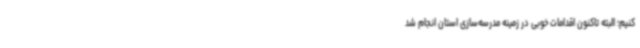
کنیم؛ البته تاکنون اقدامات خوبی در زمینه مدرسه‌سازی استان انجام شد